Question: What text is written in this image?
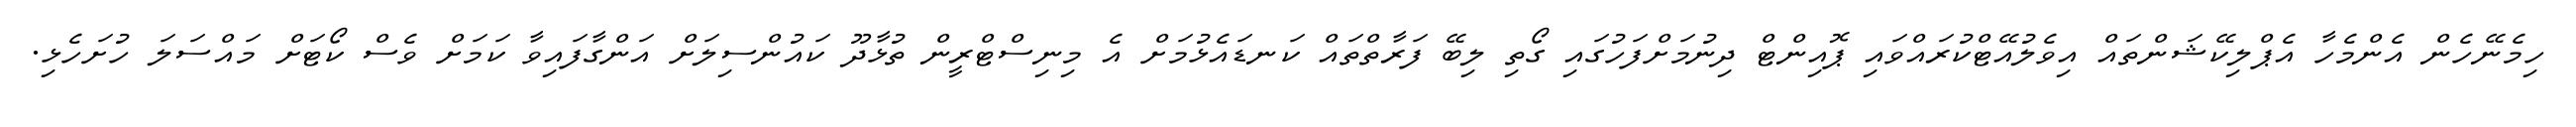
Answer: ހިމެނޭހެން އެންމެހާ އެޕްލިކޭޝަންތައް އިވެލުއޭޓްކުރައްވައި ޕޮއިންޓް ދިނުމަށްފަހުގައި ގޯތި ލިބޭ ފަރާތްތައް ކަނޑައެޅުމަށް އެ މިނިސްޓްރީން ތުޅާދޫ ކައުންސިލަށް އަންގާފައިވާ ކަމަށް ވެސް ކޯޓަށް މައްސަލަ ހުށަހެޅި.